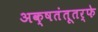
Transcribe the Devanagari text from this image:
अक्षतंतूतर्फे